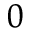
_ 0